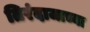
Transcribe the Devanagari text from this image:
तिरंदाजाच्या